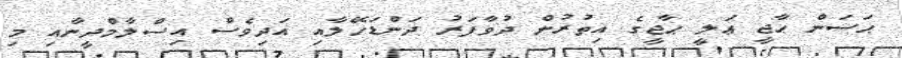
ޙަސަން ޙާޖީ ޢަލީ ޙާޖީގެ އިތުރުން ދުވާފަރު ދަންޑަހޭލާއި އަދިވެސް އިސްލާމްދީނާއި މި